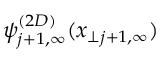
\psi _ { j + 1 , \infty } ^ { ( 2 D ) } ( x _ { \perp j + 1 , \infty } )